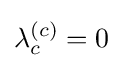
\lambda _{c}^{(c)}=0